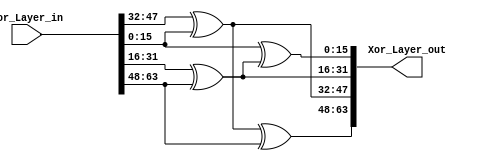
`timescale 1ns / 1ps

module Xor_Layer(
input  wire     [63:0] Xor_Layer_in,
output wire      [63:0] Xor_Layer_out
    );
    
wire [15:0] Samples [3:0];
assign  Samples[0]  =      Xor_Layer_in  [15:0]  ;//   ^Xor_Layer_in  [31:16]^Xor_Layer_in  [63:48];              // W'0 = (W3 ^ W1 ^ W0)
assign  Samples[1]  =      Xor_Layer_in  [31:16] ;//   ^Xor_Layer_in [63:48];                                   // W'1= (W3 ^ W1)
assign  Samples[2]  =      Xor_Layer_in  [47:32] ;//   ^Xor_Layer_in  [15:0];                                  //W'2 = (W2 ^ W0)
assign  Samples[3]  =      Xor_Layer_in  [63:48] ;//   ^Xor_Layer_in  [31:16]^Xor_Layer_in  [15:0];            //W'3 = (W3 ^ W2 ^ W0)

wire [15:0] Xor_Steps [3:0];
assign Xor_Steps[0]     =  Samples[2]^Samples[0];
assign Xor_Steps[1]     =  Samples[1]^Samples[3];
assign Xor_Steps[2]     =  Xor_Steps[0]^Samples[3];
assign Xor_Steps[3]     =  Samples[0]^Xor_Steps[1];

assign   Xor_Layer_out = {Xor_Steps[2] ,Xor_Steps[0],Xor_Steps[1],Xor_Steps[3]} ;    



endmodule